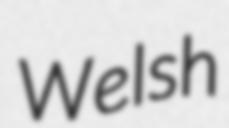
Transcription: Welsh